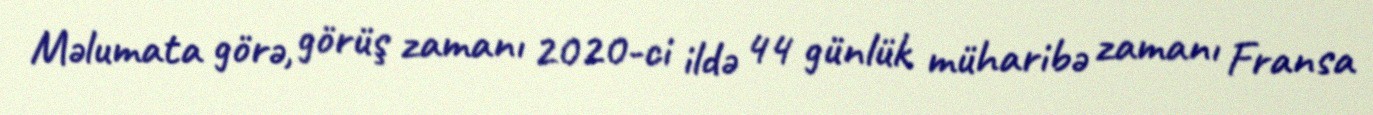
Məlumata görə, görüş zamanı 2020-ci ildə 44 günlük müharibə zamanı Fransa